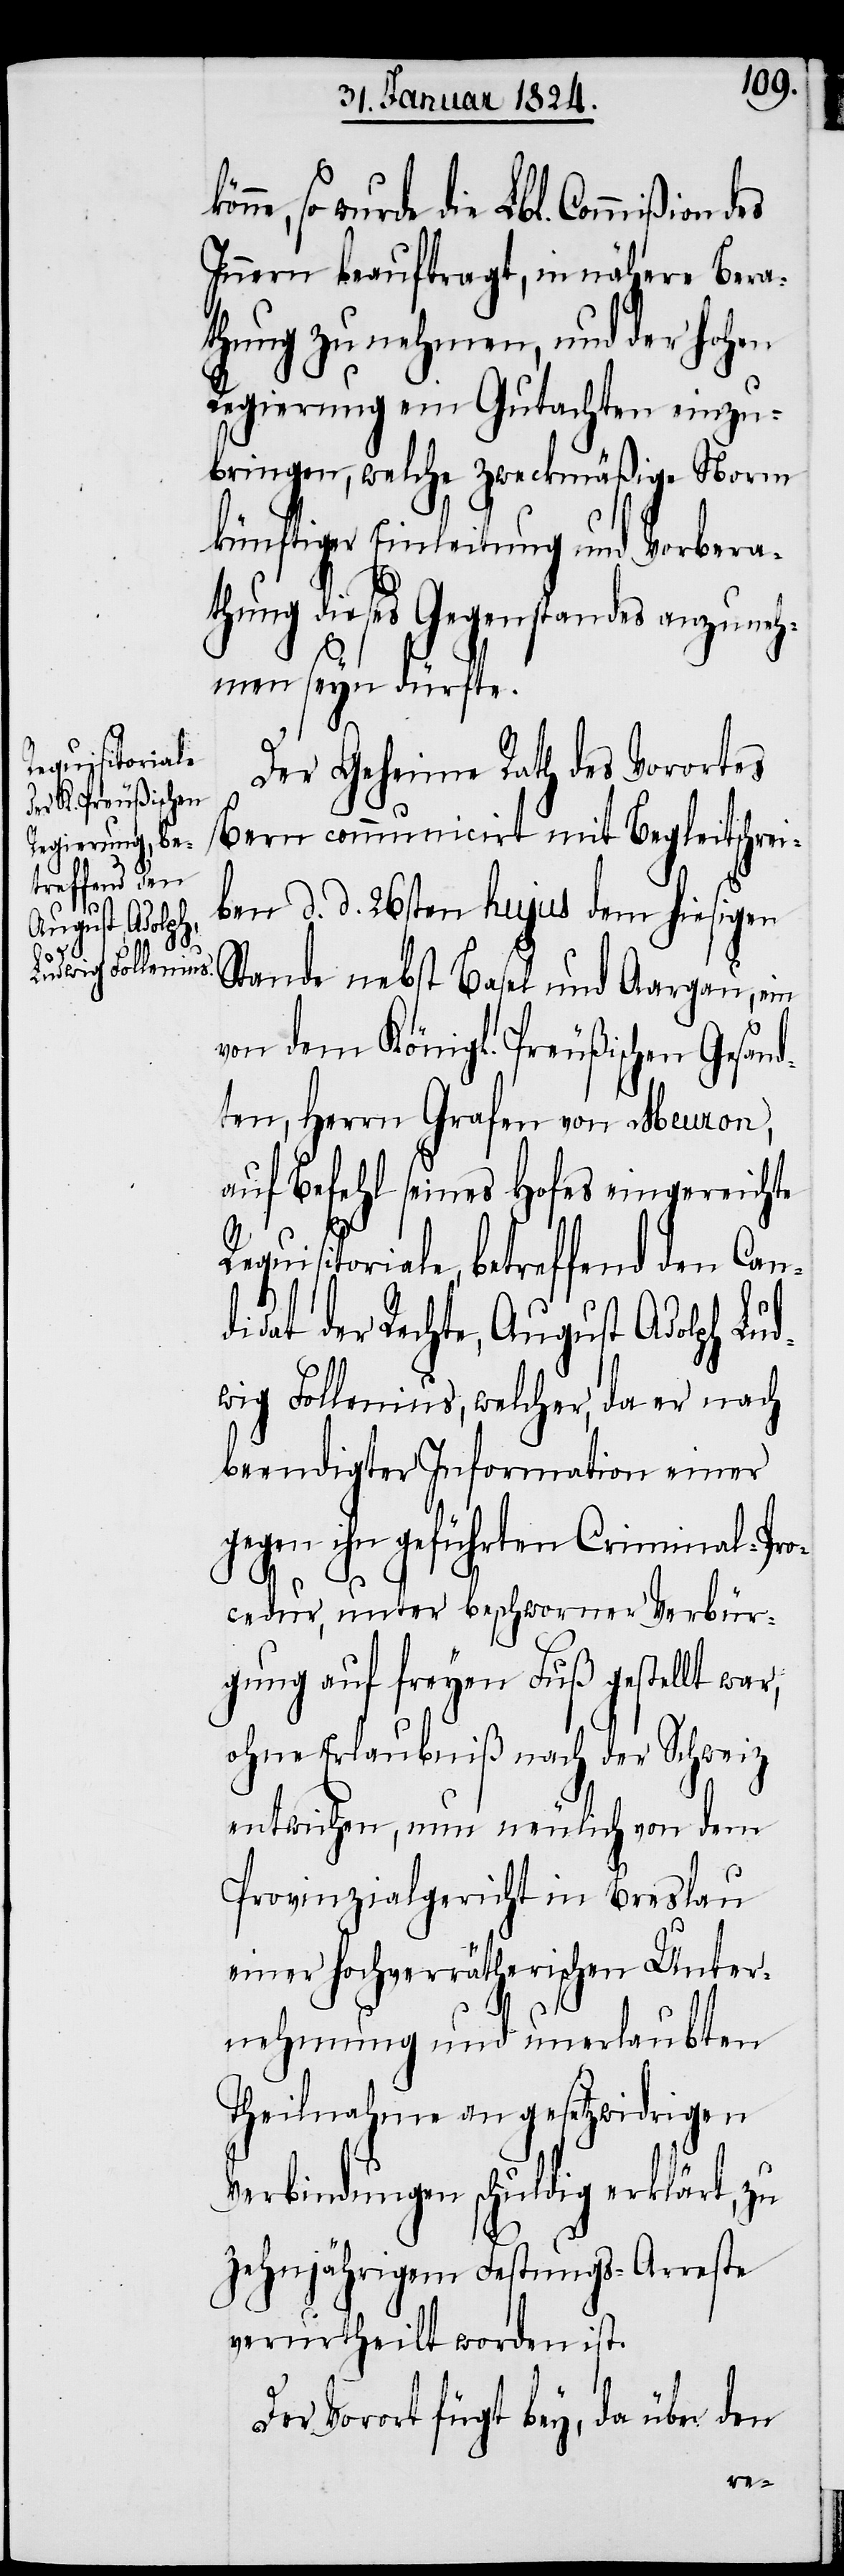
Requisitoriale,
treffend den

so wurde die Lbl. Commißion
Innern beauftragt, in nähere Bera¬
thung zu nehmen, und der hohen
Regierung ein Gutachten einzu¬
bringen, welche zweckmäßige Norm
künftiger Einleitung und Vorbera¬
thung dieses Gegenstandes anzuneh¬
men seyn dürfte.
Der Geheime Rath des Vorortes
Bern communicirt mit Begleitschrei¬
ben d. d. 26sten hujus dem hiesigen
Stande nebst Basel und Aargau, ein
von dem Königl. Preußischen Gesand¬
ten, Herrn Grafen von Meuron,
auf Befehl seines Hofes eingereichte
der Recht, August Adolph Lud¬
wig Follenius, welcher, da er nach
beendigter Information einer
gegen ihn geführten Criminal-Pro¬
cedur, unter beschworner Verbür¬
gung auf freyen Fuß gestellt war,
ohne Erlaubniß nach der Schweiz
entwichen, nun neulich von dem
Provinzialgericht in Breslau
einer hochverrätherischen Unter¬
nehmung und unerlaubten
Theilnahme an gesetzwidrigen
Verbindungen schuldig erklärt, zu
zehnjährigem Festungs-Arreste
verurtheilt worden ist.
Der Vorort fügt bey, da über den
be¬